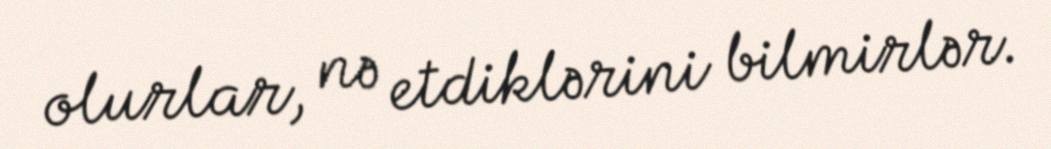
olurlar, nə etdiklərini bilmirlər.